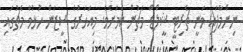
ނިންމާފައި ވަނީ ޗެރިޓީ ޝީލްޑް މެޗުން ކަމަށެވެ. މިއަހަރުގެ ސީޒަން ހުޅުވާ މެޗުގައި